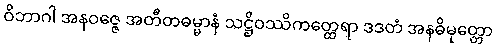
ဝိဘာဂါ အနဝဇ္ဇေ အတီတဓမ္မာနံ သဋ္ဌိဝဿိကတ္ထေရာ ဒဒတံ အနဓိမုတ္တော